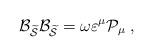
LaTeX: \begin{align*}{\cal B}_{\widetilde{{\cal S}}}{\cal B}_{\widetilde{{\cal S}}}=\omega\varepsilon ^\mu {\cal P}_\mu \;, \end{align*}